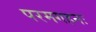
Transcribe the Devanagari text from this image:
परमगहनः